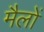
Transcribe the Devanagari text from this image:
मैलों